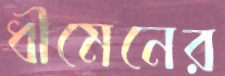
ধীমেনের